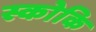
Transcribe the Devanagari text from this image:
स्कोकि